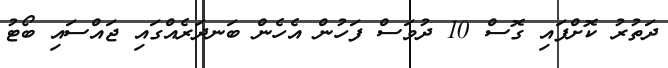
ދަތުރު ކޮށްފައި ގޮސް 10 ދުވަސް ފަހުން އެހެން ބަނދަރެއްގައި ޖައްސައި ބޯޓު